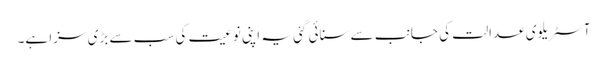
آسٹریلوی عدالت کی جانب سے سنائی گئی یہ اپنی نوعیت کی سب سے بڑی سزا ہے۔